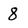
Character: 8